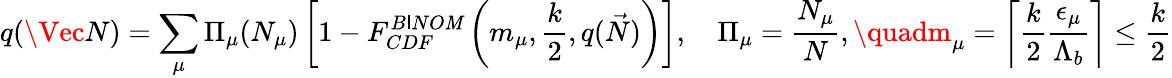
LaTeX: q(\Vec{N})=\sum_{\mu}{\Pi}_{\mu}(N_{\mu})\left[1-F_{CDF}^{B\mathsf{I}NO\mathit{M}}\left(m_{\mu},\frac{{k}}{{2}},q(\vec{{N}})\right)\right],\quad{\Pi}_{\mu}=\frac{{N_{\mu}}}{{N}},\quadm_{\mu}=\left\lceil{\frac{{k}}{{2}}\frac{{{\epsilon}_{\mu}}}{{{\Lambda}_{b}}}}\right\rceil\leq\frac{{k}}{{2}}